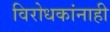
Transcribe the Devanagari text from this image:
विरोधकांनाही